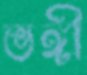
ভঙ্গী